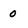
Character: 0